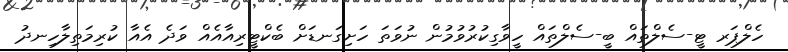
ހެލްޕަރ ޓީ-ސެލްތައް ބީ-ސެލްތައް ހީވާގިކުރުވުމުން ނުވަތަ ހަށިގަނޑަށް ބެކްޓީރިއާއެއް ވަދެ އެއާ ކުރިމަތިލާހިނދު